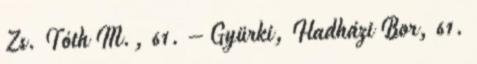
Zs. Tóth M., 61. – Gyürki, Hadházi Bor, 61.